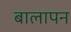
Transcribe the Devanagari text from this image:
बालापन